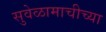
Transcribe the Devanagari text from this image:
सुवेळामाचीच्या